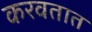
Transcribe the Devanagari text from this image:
करवतात